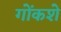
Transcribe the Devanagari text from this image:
गोंकशे